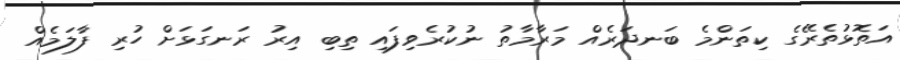
އަތޮޅުތެރޭގެ ކިތަންމެ ބަނދަރެއް މަރާމާތު ނުކުރެވިފައި ތިބި އިރު ރަނގަޅަށް ހުރި ފާލަމެއް